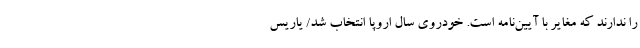
را ندارند که مغایر با آیین‌نامه است. خودروی سال اروپا انتخاب شد/ یاریس